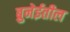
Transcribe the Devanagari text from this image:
ब्रुनेईतील